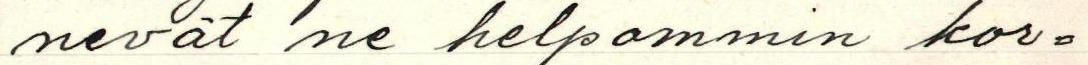
nevät ne helpommin kor-